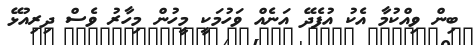
ބިން ވިއްކުމާ އެކު އުފެދޭ އަނެއް ވަހުމަކީ މީހުން މިހާރު ވެސް ދިރިއުޅޭ